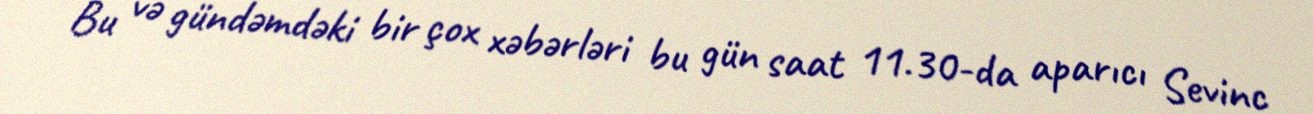
Bu və gündəmdəki bir çox xəbərləri bu gün saat 11.30-da aparıcı Sevinc